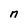
Character: n